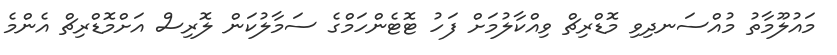
މައުލޫމާތު މުއްސަނދިވި މޮޑްރިޗް ވިއްކާލުމަށް ފަހު ޓޮޓެންހަމްގެ ސަމާލުކަން ލޮރިސް އަށްމޮޑްރިޗް އެންމެ